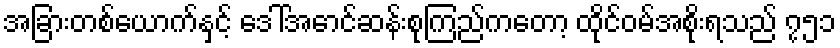
အခြားတစ်ယောက်နှင့် ဒေါ်အောင်ဆန်းစုကြည်ကတော့ ထိုင်ဝမ်အစိုးရသည် ၇၅၁